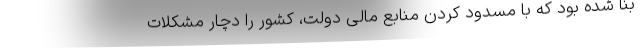
بنا شده بود که با مسدود کردن منابع مالی دولت، کشور را دچار مشکلات